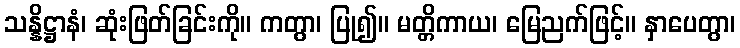
သန္နိဋ္ဌာနံ၊ ဆုံးဖြတ်ခြင်းကို။ ကတွာ၊ ပြု၍။ မတ္တိကာယ၊ မြေညက်ဖြင့်။ နှာပေတွာ၊